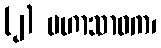
(၂) မဟာသာဝက၊